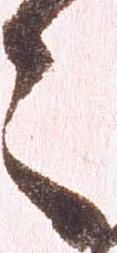
々